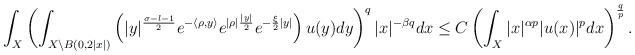
LaTeX: \begin{align*} \int_{X}\left(\int_{ X\setminus B\left(0,2|x|\right)}\left(|y|^{\frac{\sigma-l-1}{2}} e^{-\langle \rho, y\rangle} e^{|\rho|\frac{|y|}{2}} e^{-\frac{\xi}{2}|y|}\right)u(y)dy\right)^{q}|x|^{-\beta q}dx \leq C\left(\int_{X}|x|^{\alpha p} |u(x)|^{p}dx\right)^{\frac{q}{p}}. \end{align*}